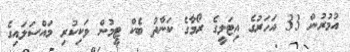
އުމުރުން 33 އަހަރުގެ އިޓަލީގެ ރޯމާގެ ކަނާތު ބެކް ޓީމުން ވަކިކުރި މައްސަލައިގެ